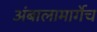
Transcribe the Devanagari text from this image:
अंबालामार्गेच